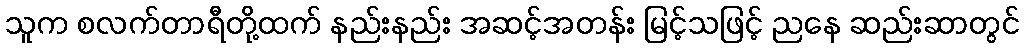
သူက စလက်တာရီတို့ထက် နည်းနည်း အဆင့်အတန်း မြင့်သဖြင့် ညနေ ဆည်းဆာတွင်